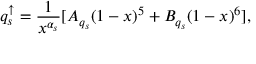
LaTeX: q _ { s } ^ { \uparrow } = \frac { 1 } { x ^ { \alpha _ { s } } } [ A _ { q _ { s } } ( 1 - x ) ^ { 5 } + B _ { q _ { s } } ( 1 - x ) ^ { 6 } ] ,